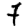
Digit: 7